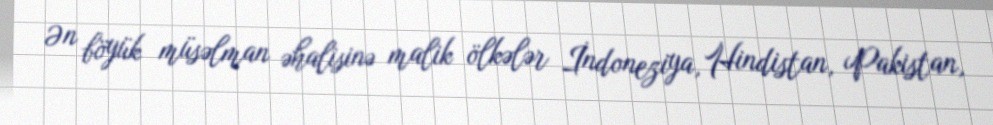
Ən böyük müsəlman əhalisinə malik ölkələr İndoneziya, Hindistan, Pakistan,